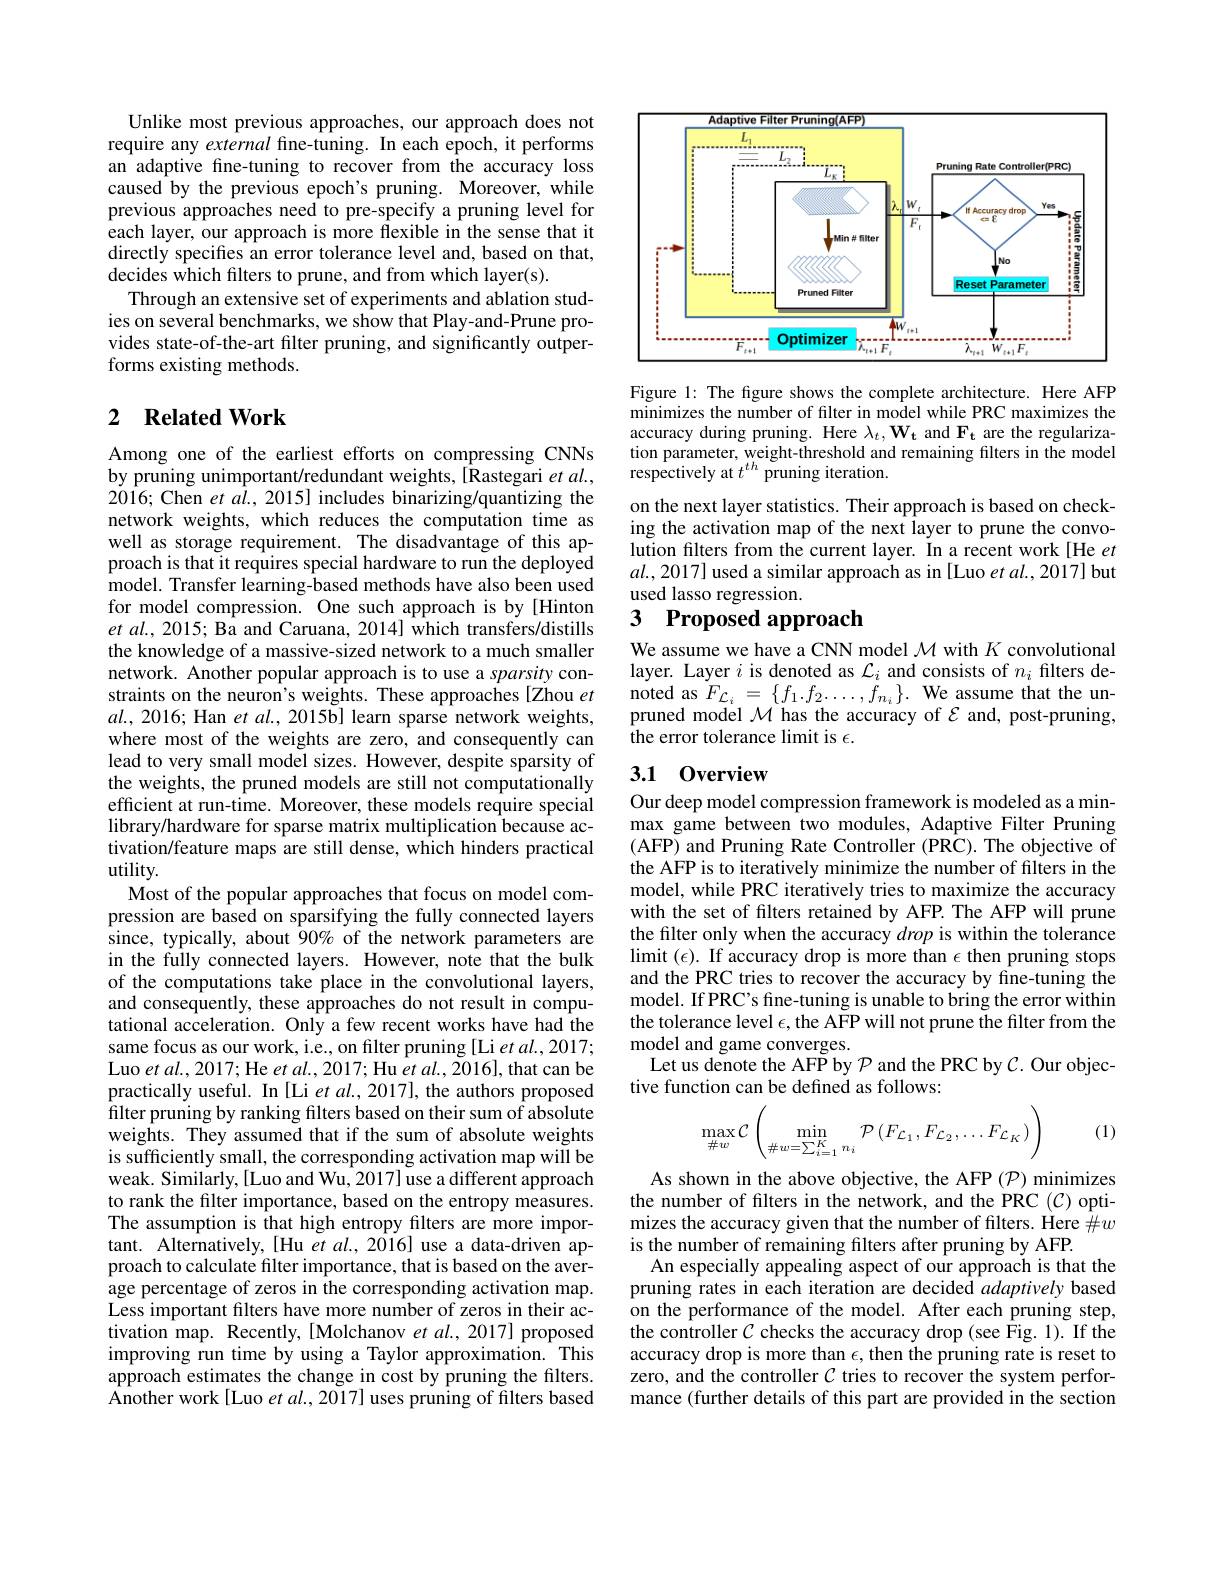
Unlike most previous approaches, our approach does not require any external fine-tuning. In each epoch, it performs an adaptive fine-tuning to recover from the accuracy loss caused by the previous epoch's pruning. Moreover, while previous approaches need to pre-specify a pruning level for each layer, our approach is more flexible in the sense that it directly specifies an error tolerance level and, based on that, decides which filters to prune, and from which layer(s).
Through an extensive set of experiments and ablation studies on several benchmarks, we show that Play-and-Prune provides state-of-the-art filter pruning, and significantly outperforms existing methods.

## 2 $\textbf{Related Work}$

Among one of the earliest efforts on compressing CNNs by pruning unimportant/redundant weights, [Rastegari et al., 2016; Chen $et\textit{al. , 2015}]$ includes binarizing/quantizing the network weights, which reduces the computation time as well as storage requirement. The disadvantage of this approach is that it requires special hardware to run the deployed model. Transfer learning-based methods have also been used for model compression. One such approach is by [Hinton $etal.,2015;$ Ba and Caruana, 2014] which transfers/distills the knowledge of a massive-sized network to a much smaller network. Another popular approach is to use a sparsity constraints on the neuron's weights. These approaches [Zhou $et$ $al.,2016;$ Han et al., 2015b] learn sparse network weights, where most of the weights are zero, and consequently can lead to very small model sizes. However, despite sparsity of the weights, the pruned models are still not computationally efficient at run-time. Moreover, these models require special library/hardware for sparse matrix multiplication because activation/feature maps are still dense, which hinders practical utility.
Most of the popular approaches that focus on model compression are based on sparsifying the fully connected layers since, typically, about $90\%$ of the network parameters are in the fully connected layers. However, note that the bulk of the computations take place in the convolutional layers, and consequently, these approaches do not result in computational acceleration. Only a few recent works have had the same focus as our work, i.e., on filter pruning [Li et al., 2017; Luo $etal.,2017;$He $etal.,2017;$Hu $etal.,2016]$,that can be practically useful. In [Li et al., 2017], the authors proposed filter pruning by ranking filters based on their sum of absolute weights. They assumed that if the sum of absolute weights is sufficiently small, the corresponding activation map will be weak. Similarly,[Luo and Wu, 2017] use a different approach to rank the filter importance, based on the entropy measures. The assumption is that high entropy filters are more impor- $\hat{\text{tant. Alternatively,[Hu }etal.,2016]}$use a data-driven approach to calculate filter importance, that is based on the average percentage of zeros in the corresponding activation map. Less important filters have more number of zeros in their activation map. Recently,[Molchanov $et\textit{al. , 2017}]$ proposed improving run time by using a Taylor approximation. This approach estimates the change in cost by pruning the filters. Another work[Luo et al., 2017] uses pruning of filters based

<FigureHere>

Figure 1: The figure shows the complete architecture. Here AFP minimizes the number of filter in model while PRC maximizes the accuracy during pruning. Here $\lambda_t,\mathbf{W_t}$ and $\mathbf{F_t}$ are the regularization parameter, weight-threshold and remaining filters in the model respectively at $t^{th}$ pruning iteration.
on the next layer statistics. Their approach is based on checking the activation map of the next layer to prune the convolution filters from the current layer. In a recent work[He et $al.,2017]$ used a similar approach as in [Luo et al., 2017] but used lasso regression.
3 Proposed approach

We assume we have a CNN model $\mathcal{M}$ with $K$ convolutional layer. Layer $i$ is denoted as $\mathcal{L}_i$ and consists of $n_i$ filters denoted as $F_{\mathcal{L}_i}=\{f_1.f_2\ldots,f_{n_i}\}.$ We assume that the unpruned model $\mathcal{M}$ has the accuracy of $\mathcal{E}$ and, post-pruning, the error tolerance limit is $\epsilon.$

## 3.1 0verview

Our deep model compression framework is modeled as a minmax game between two modules, Adaptive Filter Pruning (AFP) and Pruning Rate Controller (PRC). The objective of the AFP is to iteratively minimize the number of filters in the model, while PRC iteratively tries to maximize the accuracy with the set of filters retained by AFP. The AFP will prune the filter only when the accuracy drop is within the tolerance limit $(\epsilon).$ If accuracy drop is more than $\epsilon$ then pruning stops and the PRC tries to recover the accuracy by fine-tuning the model. If PRC's fine-tuning is unable to bring the error within the tolerance level $\epsilon $,the AFP will not prune the filter from the model and game converges.
Let us denote the AFP by $\mathcal{P}$ and the PRC by $\mathcal{C}.$ Our objec-
tive function can be defined as follows:

(1)
$$\max\limits_{\#w}\mathcal{C}\left(\min\limits_{\#w=\sum\limits_{i=1}^Kn_i}\mathcal{P}\left(F_{\mathcal{L}_1},F_{\mathcal{L}_2},\dots F_{\mathcal{L}_K}\right)\right)$$
As shown in the above objective, the AFP $(\mathcal{P})$ minimizes the number of filters in the network, and the PRC (C) optimizes the accuracy given that the number of filters. Here $\#w$ is the number of remaining filters after pruning by AFP.
An especially appealing aspect of our approach is that the pruning rates in each iteration are decided adaptively based on the performance of the model. After each pruning step, the controller $C$ checks the accuracy drop (see Fig. 1). If the accuracy drop is more than $\epsilon$, then the pruning rate is reset to zero, and the controller $\mathcal{C}$ tries to recover the system performance (further details of this part are provided in the section